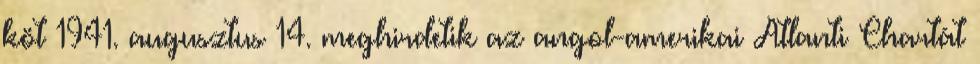
köt 1941. augusztus 14. meghirdetik az angol-amerikai Atlanti Chartát